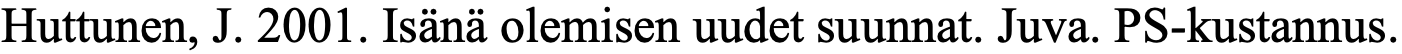
Huttunen, J. 2001. Isänä olemisen uudet suunnat. Juva. PS-kustannus.